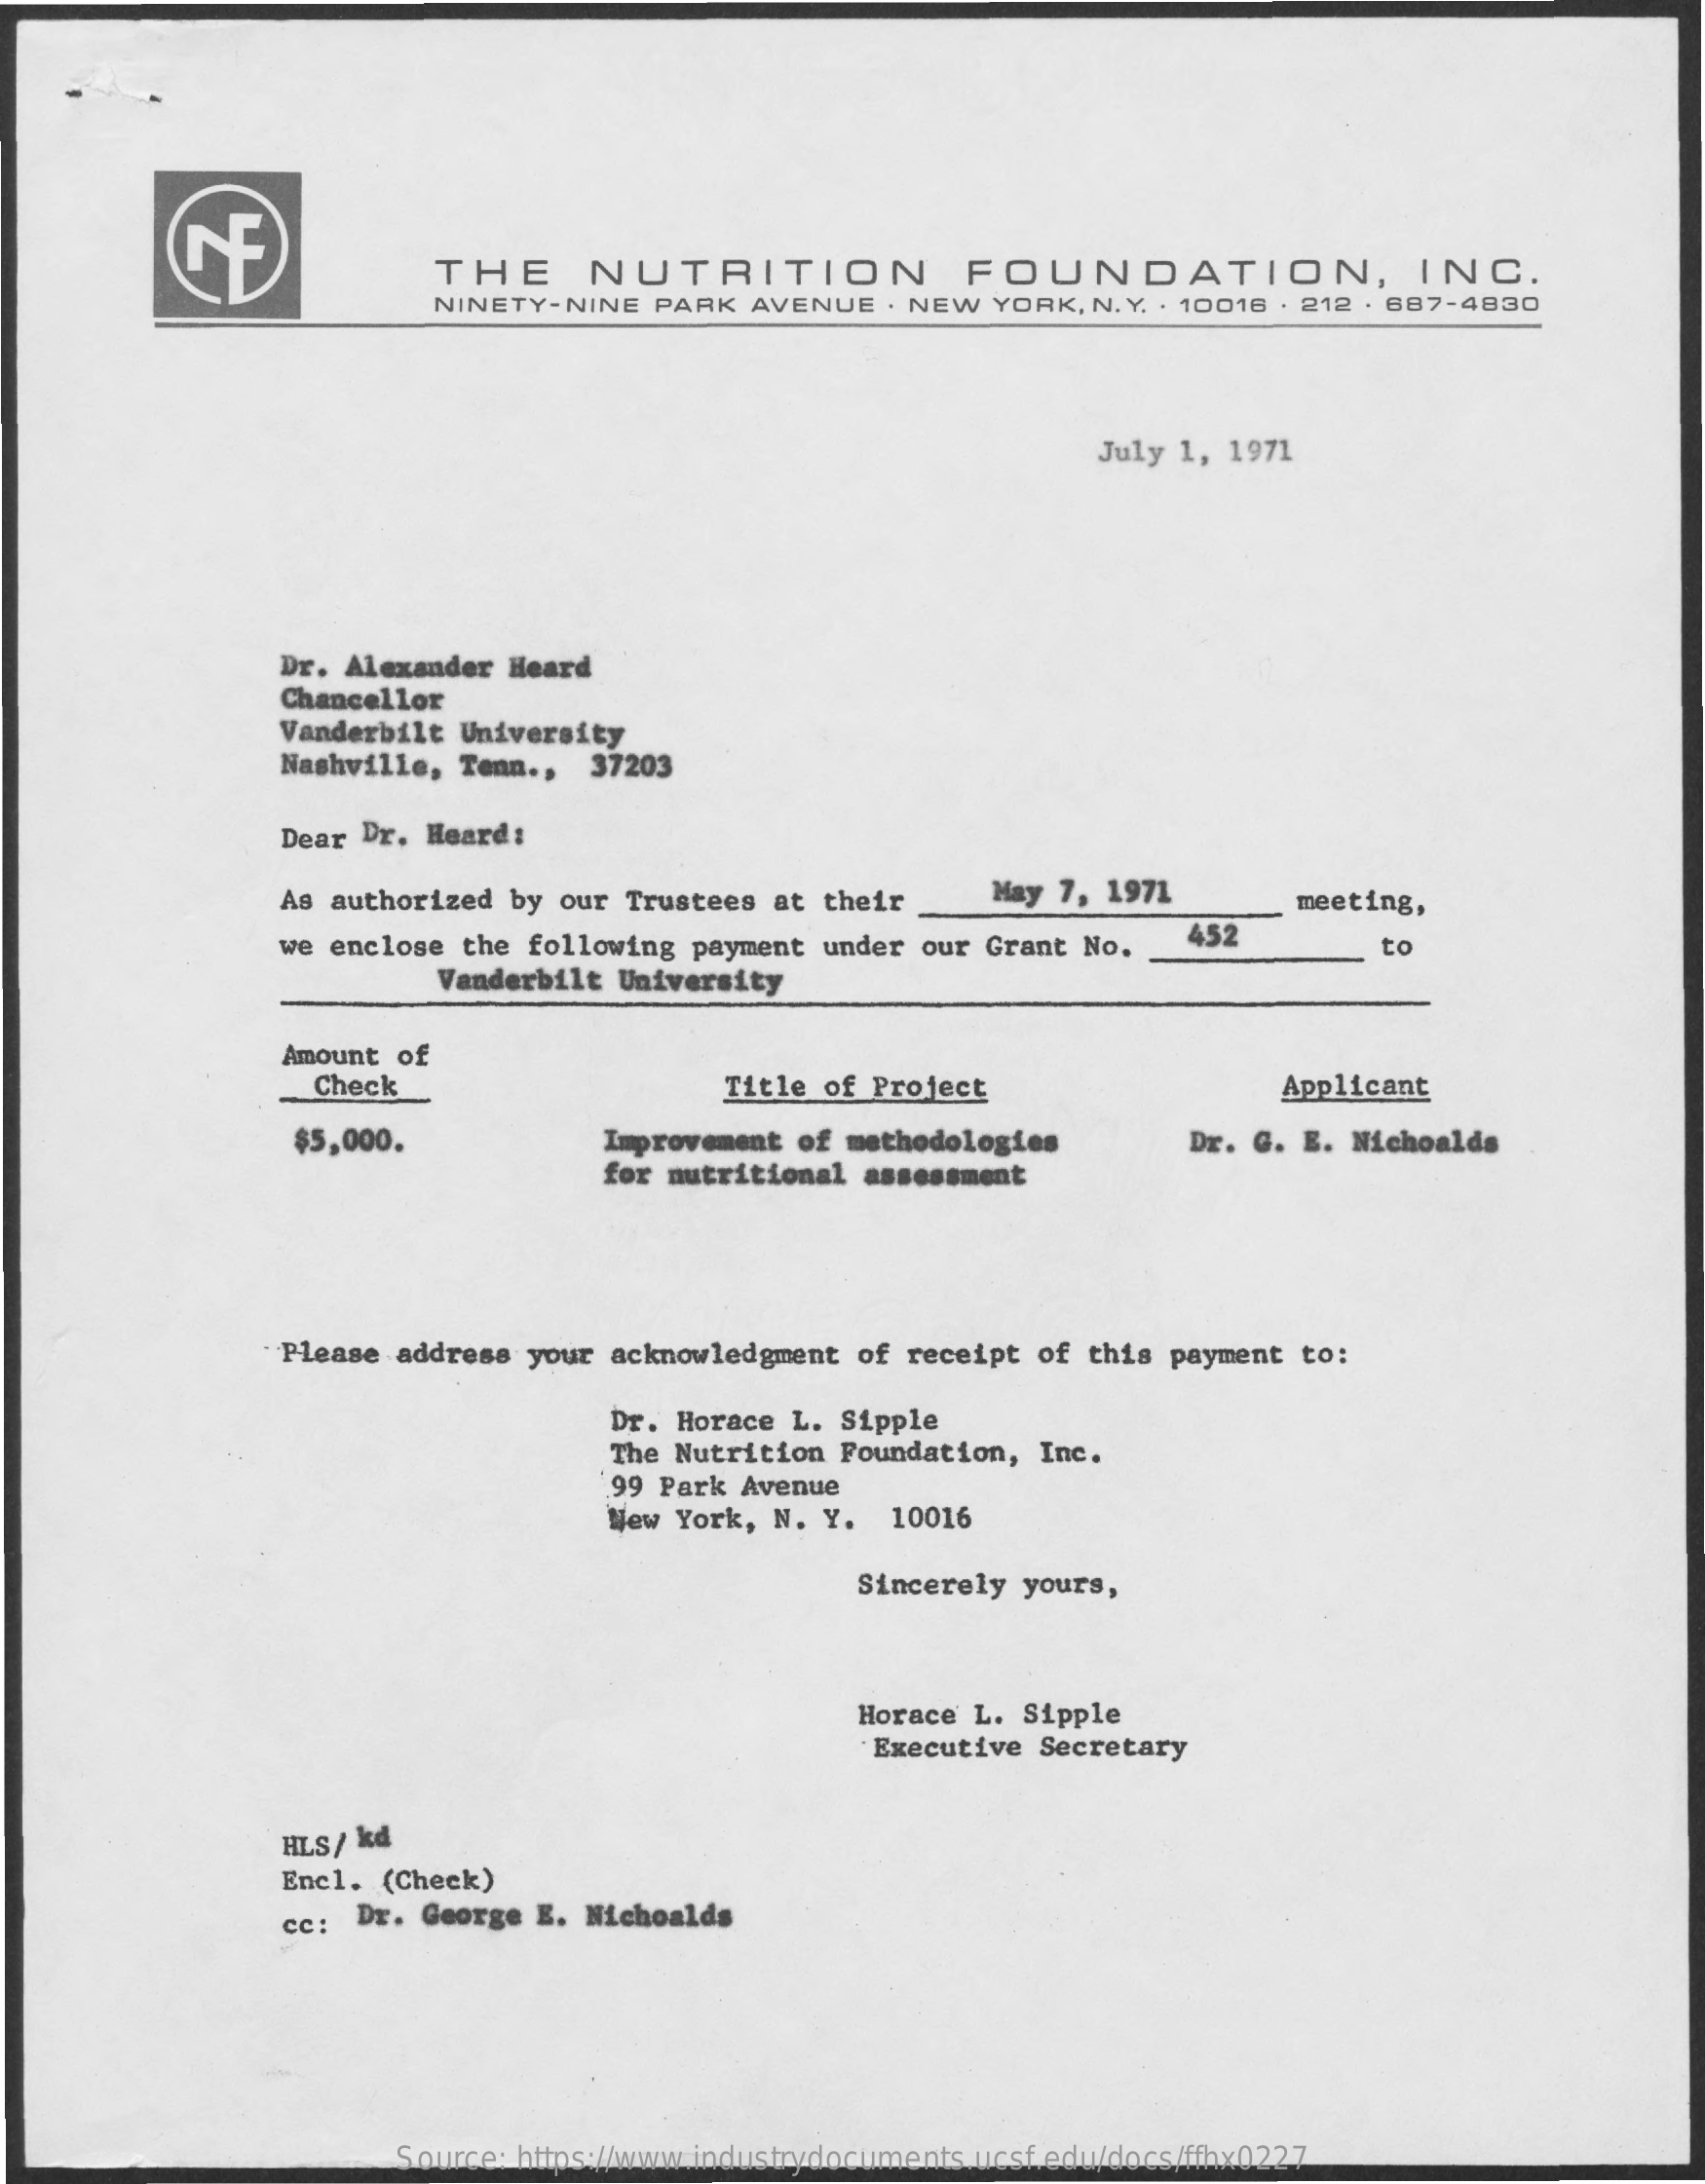
THE    NUTRITION    FOUNDATION,    INC.
     NINETY-NINE   PARK   AVENUE   · NEW  YORK, N. Y, . 10018 . 212 . 687-4830
     July 1, 1971
     Dr. Alexander  Heard
     Chancellor
     Vanderbilt  University
     Nashville,  Tenn ., 37203
     Dear Dr.  Heard:
     As authorized  by our Trustees  at their    May  7, 1971
     meeting,
     we enclose  the following  payment under  our Grant No.    452
     to
     Vanderbilt University
     Amount  of
     Check    Title of  Project    Applicant
     $5,000.    Improvement  of methodologies    Dr. G. E.  Nichoalds
     for nutritional  assessment
     Please  address your  acknowledgment  of receipt of  this payment to:
     Dr. Horace L. Sipple
     The Nutrition Foundation,  Inc.
     ,99 Park Avenue
     New  York, N. Y.   10016
     Sincerely yours,
     Horace L. Sipple
     Executive Secretary
     HLS/ kd
     Encl.  (Check)
     Cc:  Dr. George  E. Nichoalds
     Source: https://www.industrydocuments.ucsf.edu/docs/ffhx0227